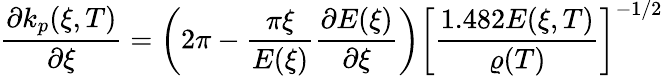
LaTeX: \frac{\partial k_{p}(\xi,T)}{\partial\xi}=\bigg(2\pi-\frac{\pi\xi}{E(\xi)}\frac{\partial E(\xi)}{\partial\xi}\bigg)\bigg[\frac{1.482E(\xi,T)}{\varrho(T)}\bigg]^{-1/2}